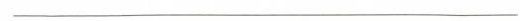
______________________